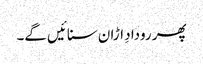
پھر رودادِ اڑان سنائیں گے۔